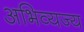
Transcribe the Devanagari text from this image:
अभिव्यज्य